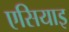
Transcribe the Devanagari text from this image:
एसियाइ